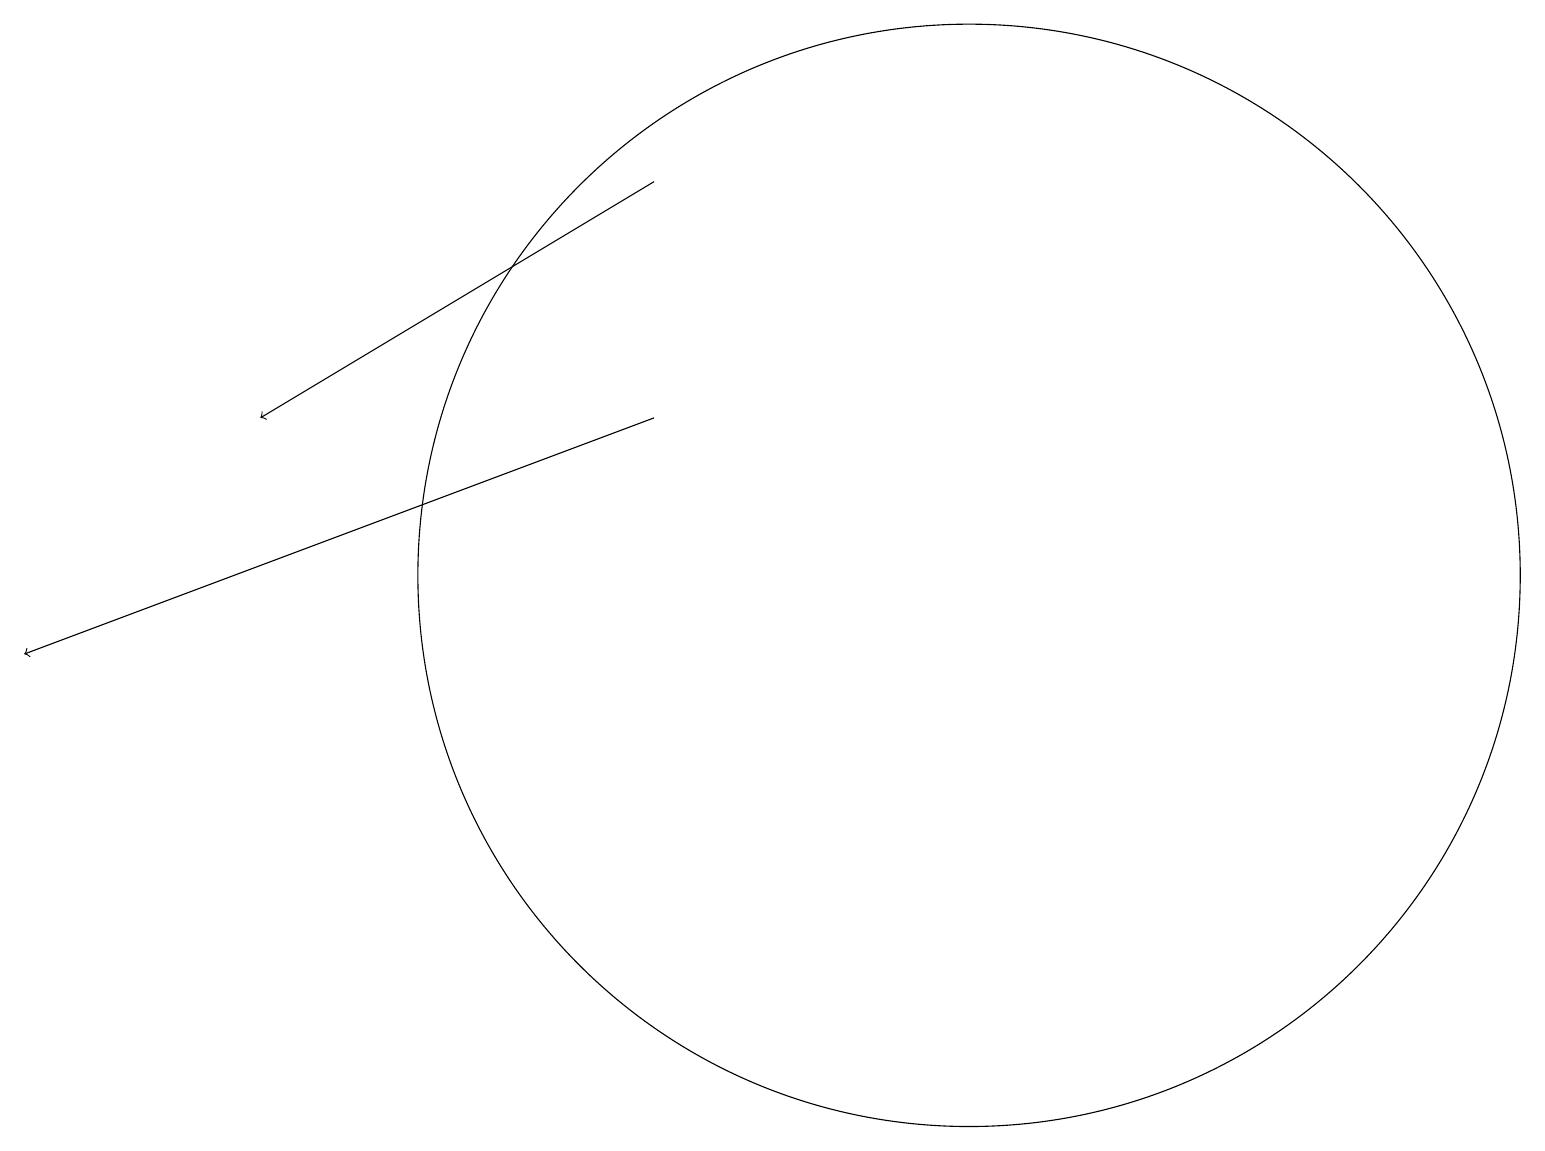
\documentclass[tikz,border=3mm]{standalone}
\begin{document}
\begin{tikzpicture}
\draw (12,12) circle (7);
\draw[->] (8,17) -- (3,14);
\draw[->] (8,14) -- (0,11);
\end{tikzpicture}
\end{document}